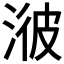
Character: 𣷭